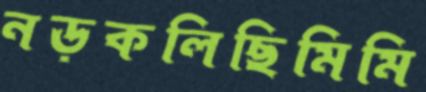
নড়কলিছিমিমি